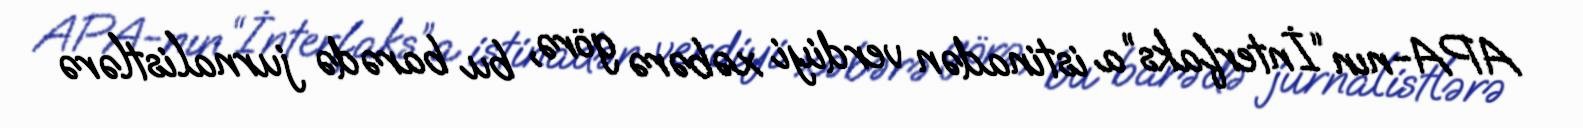
APA-nın “İnterfaks”a istinadən verdiyi xəbərə görə, bu barədə jurnalistlərə